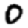
Digit: 0